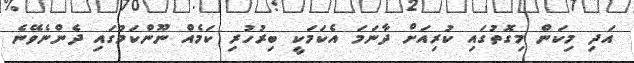
އަދި މިކަން މިގޮތުގައި ކުރިއަށް ދާނަމަ އެކަމަކީ ބިރުހުރި ކަމެއް ނޫންކަމުގައި ދެންނެވޭނެ